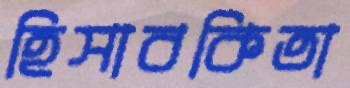
হিসাবকিতা